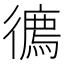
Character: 𢖇